Problem: 32 + 33 = ?
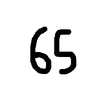
Handwritten answer: 65